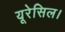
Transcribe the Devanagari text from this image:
यूरेसिल।